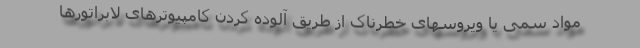
مواد سمی یا ویروسهای خطرناک از طریق آلوده کردن کامپیوترهای لابراتورها